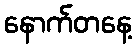
နောက်တနေ့